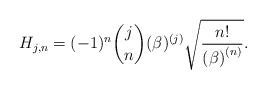
\begin{align*}H_{j,n}=(-1)^{n}\binom{j}{n}(\beta )^{(j)}\sqrt{\frac{n!}{\left( \beta\right) ^{\left( n\right) }}}. \end{align*}